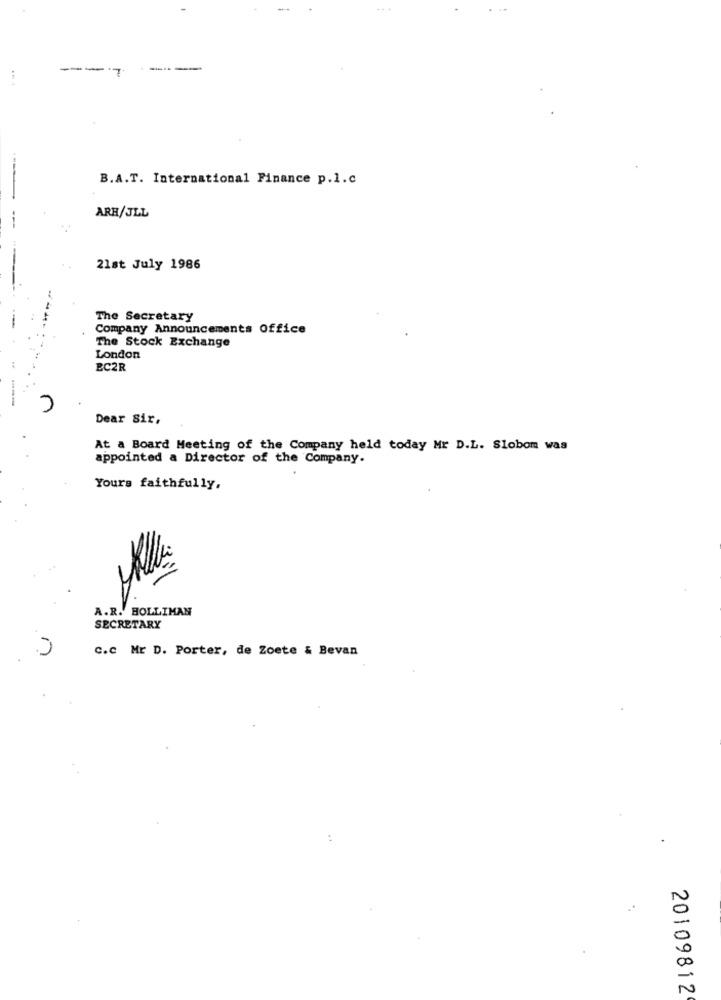
.. +
---***
...
B.A.T. International Finance p.l.c
ARH/JLL
21st July 1986
The Secretary
Company Announcements Office
The Stock Exchange
London
EC2R
r
Dear Sir,
At a Board Meeting of the Company held today Mr D.L. Slobom was
appointed a Director of the Company.
Yours faithfully,
A.R. HOLLIMAN
SECRETARY
C.c Mr D. Porter, de Zoete & Bevan
20109812